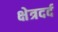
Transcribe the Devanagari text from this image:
क्षेत्रदर्द